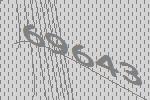
69643